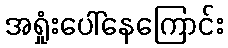
အရှုံးပေါ်နေကြောင်း